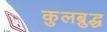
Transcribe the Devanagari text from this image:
कुलब्रुद्ध